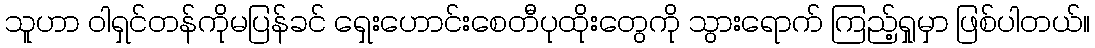
သူဟာ ဝါရှင်တန်ကိုမပြန်ခင် ရှေးဟောင်းစေတီပုထိုးတွေကို သွားရောက် ကြည့်ရှုမှာ ဖြစ်ပါတယ်။